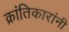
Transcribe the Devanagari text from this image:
क्रांतिकारांनी